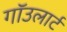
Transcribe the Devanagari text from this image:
गाॅउलार्ट